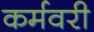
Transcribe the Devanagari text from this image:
कर्मवरी